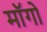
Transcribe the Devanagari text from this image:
माॅगो